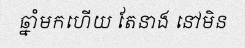
ឆ្នាំមកហើយ តែនាង នៅមិន